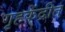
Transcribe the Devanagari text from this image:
गृहकेंद्रीत